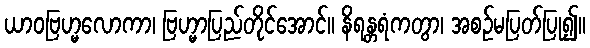
ယာဝဗြဟ္မလောကာ၊ ဗြဟ္မာပြည်တိုင်အောင်။ နိရန္တရံကတွာ၊ အစဉ်မပြတ်ပြု၍။